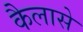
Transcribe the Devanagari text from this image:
कैलासे